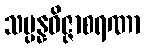
သမ္ပန္နဝိဇ္ဇာစရဏာ